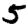
Digit: 5